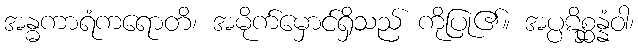
အန္ဓကာရံကရောတိ၊ အမိုက်မှောင်ရှိသည် ကိုပြု၏။ အပ္ပဋိစ္ဆန္နံဝါ၊